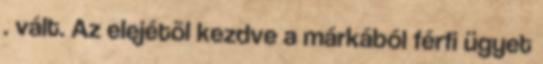
. vált. Az elejétõl kezdve a márkából férfi ügyet